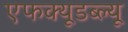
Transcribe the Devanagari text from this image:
एफक्यूडब्ल्यू